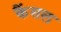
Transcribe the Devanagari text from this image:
कैंसल